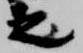
之